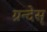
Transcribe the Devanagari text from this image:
ग्रन्देस्